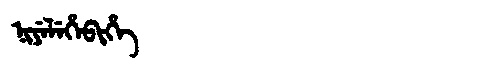
Manchu: ᠨᡳᠶᡝᠯᡝᡥᡝᠪᡳᡥᡝ
Romanization: NIYELEHEBIHE